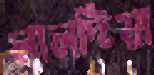
লালদিয়া